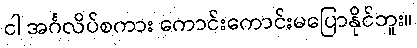
ငါ အင်္ဂလိပ်စကား ကောင်းကောင်းမပြောနိုင်ဘူး။